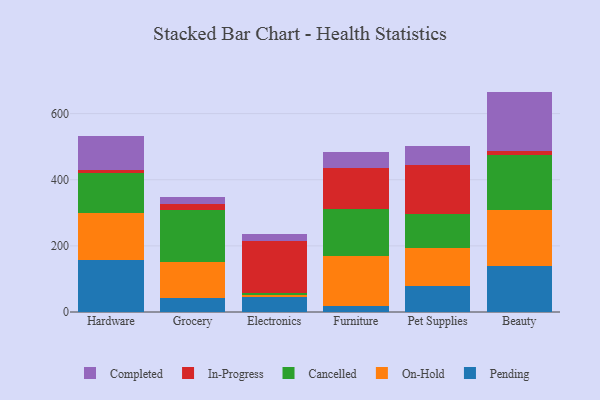
{"axis": {"x": "Category", "y": "Humidity (%)"}, "legend": ["Cancelled", "Completed", "In-Progress", "On-Hold", "Pending"], "data": [{"x": "Hardware", "y": 158.0, "type": "Pending"}, {"x": "Hardware", "y": 141.1, "type": "On-Hold"}, {"x": "Hardware", "y": 122.5, "type": "Cancelled"}, {"x": "Hardware", "y": 7.1, "type": "In-Progress"}, {"x": "Hardware", "y": 104.4, "type": "Completed"}, {"x": "Grocery", "y": 41.4, "type": "Pending"}, {"x": "Grocery", "y": 109.7, "type": "On-Hold"}, {"x": "Grocery", "y": 156.4, "type": "Cancelled"}, {"x": "Grocery", "y": 19.7, "type": "In-Progress"}, {"x": "Grocery", "y": 20.2, "type": "Completed"}, {"x": "Electronics", "y": 44.8, "type": "Pending"}, {"x": "Electronics", "y": 6.8, "type": "On-Hold"}, {"x": "Electronics", "y": 7.0, "type": "Cancelled"}, {"x": "Electronics", "y": 156.3, "type": "In-Progress"}, {"x": "Electronics", "y": 19.7, "type": "Completed"}, {"x": "Furniture", "y": 19.2, "type": "Pending"}, {"x": "Furniture", "y": 149.3, "type": "On-Hold"}, {"x": "Furniture", "y": 141.7, "type": "Cancelled"}, {"x": "Furniture", "y": 126.1, "type": "In-Progress"}, {"x": "Furniture", "y": 46.4, "type": "Completed"}, {"x": "Pet Supplies", "y": 77.4, "type": "Pending"}, {"x": "Pet Supplies", "y": 117.2, "type": "On-Hold"}, {"x": "Pet Supplies", "y": 102.8, "type": "Cancelled"}, {"x": "Pet Supplies", "y": 148.4, "type": "In-Progress"}, {"x": "Pet Supplies", "y": 56.4, "type": "Completed"}, {"x": "Beauty", "y": 139.7, "type": "Pending"}, {"x": "Beauty", "y": 167.8, "type": "On-Hold"}, {"x": "Beauty", "y": 168.4, "type": "Cancelled"}, {"x": "Beauty", "y": 11.2, "type": "In-Progress"}, {"x": "Beauty", "y": 179.5, "type": "Completed"}]}